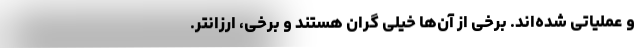
و عملیاتی شده‌اند. برخی از‌ آن‌ها خیلی گران هستند و برخی، ارزانتر.